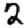
Digit: 2